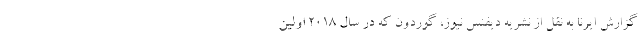
گزارش ایرنا به نقل از نشریه دیفنس نیوز، گوردون که در سال ۲۰۱۸ اولین